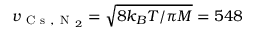
v _ { \mathrm { ~ C ~ s ~ , ~ N ~ } _ { 2 } } = \sqrt { 8 k _ { B } T / \pi M } = 5 4 8